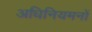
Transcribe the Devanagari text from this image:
अधिनियमनों